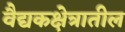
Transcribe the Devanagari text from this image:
वैद्यकक्षेत्रातील